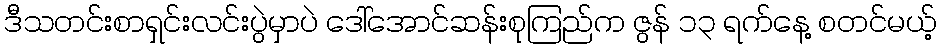
ဒီသတင်းစာရှင်းလင်းပွဲမှာပဲ ဒေါ်အောင်ဆန်းစုကြည်က ဇွန် ၁၃ ရက်နေ့ စတင်မယ့်